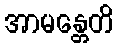
အာမန္တေတိ